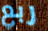
ربع